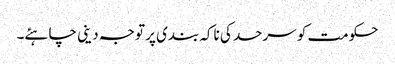
حکومت کو سرحد کی ناکہ بندی پر توجہ دینی چاہئے۔